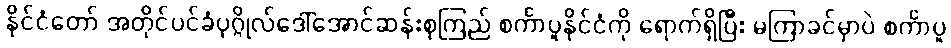
နိုင်ငံတော် အတိုင်ပင်ခံပုဂ္ဂိုလ်ဒေါ်အောင်ဆန်းစုကြည် စင်္ကာပူနိုင်ငံကို ရောက်ရှိပြီး မကြာခင်မှာပဲ စင်္ကာပူ